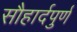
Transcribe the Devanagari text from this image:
सौहार्दपुर्ण